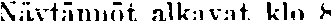
Nävtännöt alkavat klo 8